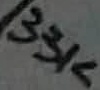
Text: 33K